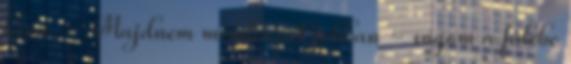
kissé. - Majdnem mindennél jobban - súgom a fülébe